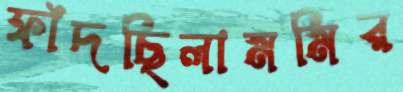
ফাঁদছিলামমির